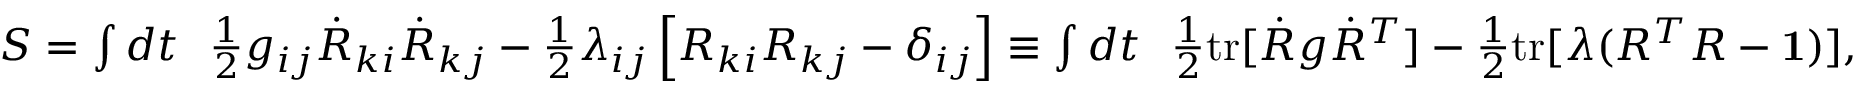
\begin{array} { r } { S = \int d t ~ ~ \frac 1 2 g _ { i j } \dot { R } _ { k i } \dot { R } _ { k j } - \frac 1 2 \lambda _ { i j } \left[ R _ { k i } R _ { k j } - \delta _ { i j } \right] \equiv \int d t ~ ~ \frac 1 2 \mathrm { t r } [ { \dot { R } g \dot { R } ^ { T } ] - \frac 1 2 \mathrm { t r } [ \lambda ( R ^ { T } R - { \bf 1 } ) } ] , } \end{array}